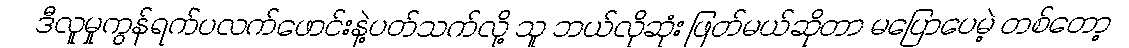
ဒီလူမှုကွန်ရက်ပလက်ဖောင်းနဲ့ပတ်သက်လို့ သူ ဘယ်လိုဆုံး ဖြတ်မယ်ဆိုတာ မပြောပေမဲ့ တစ်တော့